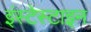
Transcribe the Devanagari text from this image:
इंस्टेस्टाइन